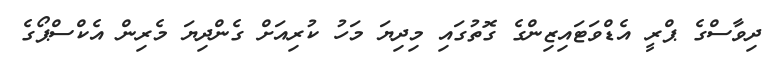
ދިވާސްގެ ޕްރީ އެޑްވަޓައިޒިންގެ ގޮތުގައި މިދިޔަ މަހު ކުރިއަށް ގެންދިޔަ މެރިން އެކްސްޕޯގެ